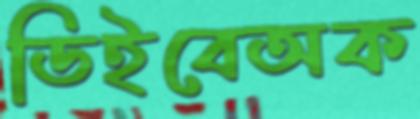
ডিইবেঅক